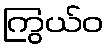
ကြွယ်ဝ